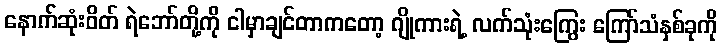
နောက်ဆုံးဝိတ် ရဲဘော်တို့ကို ငါမှာချင်တာကတော့ ဂျိုကားရဲ့ လက်သုံးကြွေး ကြော်သံနှစ်ခုကို